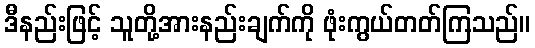
ဒီနည်းဖြင့် သူတို့အားနည်းချက်ကို ဖုံးကွယ်တတ်ကြသည်။